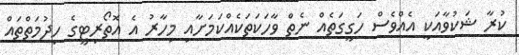
ކުރާ ޝަކުވާއަކީ އެއްވެސް ހަގީގަތެއް ނެތް ވާހަކަތަކެއްކަމަށާއި މިހާރު އެ އޮތޯރިޓީގެ ހިދުމަތްތައް